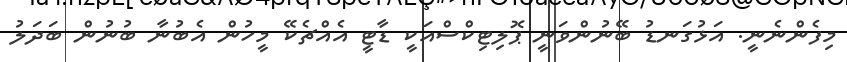
މިފެންނެނީ. އަޅުގަނޑު ބޭނުންވަނީ ޕޮލިޓިކްސްއަކީ ޑާޓީ އެއްޗެކޭ މީހުން އެބުނާ ބުނުން ބަދަލު